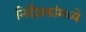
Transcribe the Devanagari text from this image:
निर्देशकांमध्ये